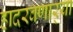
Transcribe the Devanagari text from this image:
हादरवणार्‍या